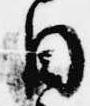
目